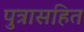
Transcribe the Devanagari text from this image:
पुत्रासहित